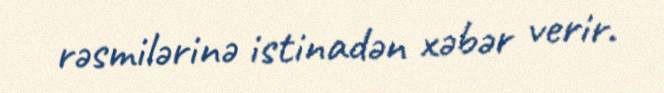
rəsmilərinə istinadən xəbər verir.